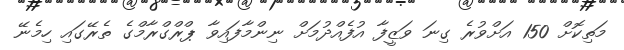
މަތިކޮށް 150 އަށްވުރެ ގިނަ ވަޒީފާ އުފެއްދުމަށް ނިންމާފައިވާ ޕްރްގްރާމްގެ ތެރޭގައި ހިމެނޭ